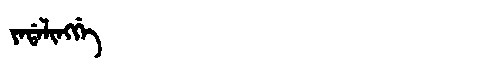
Manchu: ᠶᠠᡩᠠᠯᡳᠩᡤᡝ
Romanization: YADALINGGE